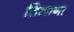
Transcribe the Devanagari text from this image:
तिलाना